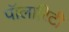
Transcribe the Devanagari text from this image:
पॉलारिटी